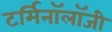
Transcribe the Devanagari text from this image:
टर्मिनॉलॉजी